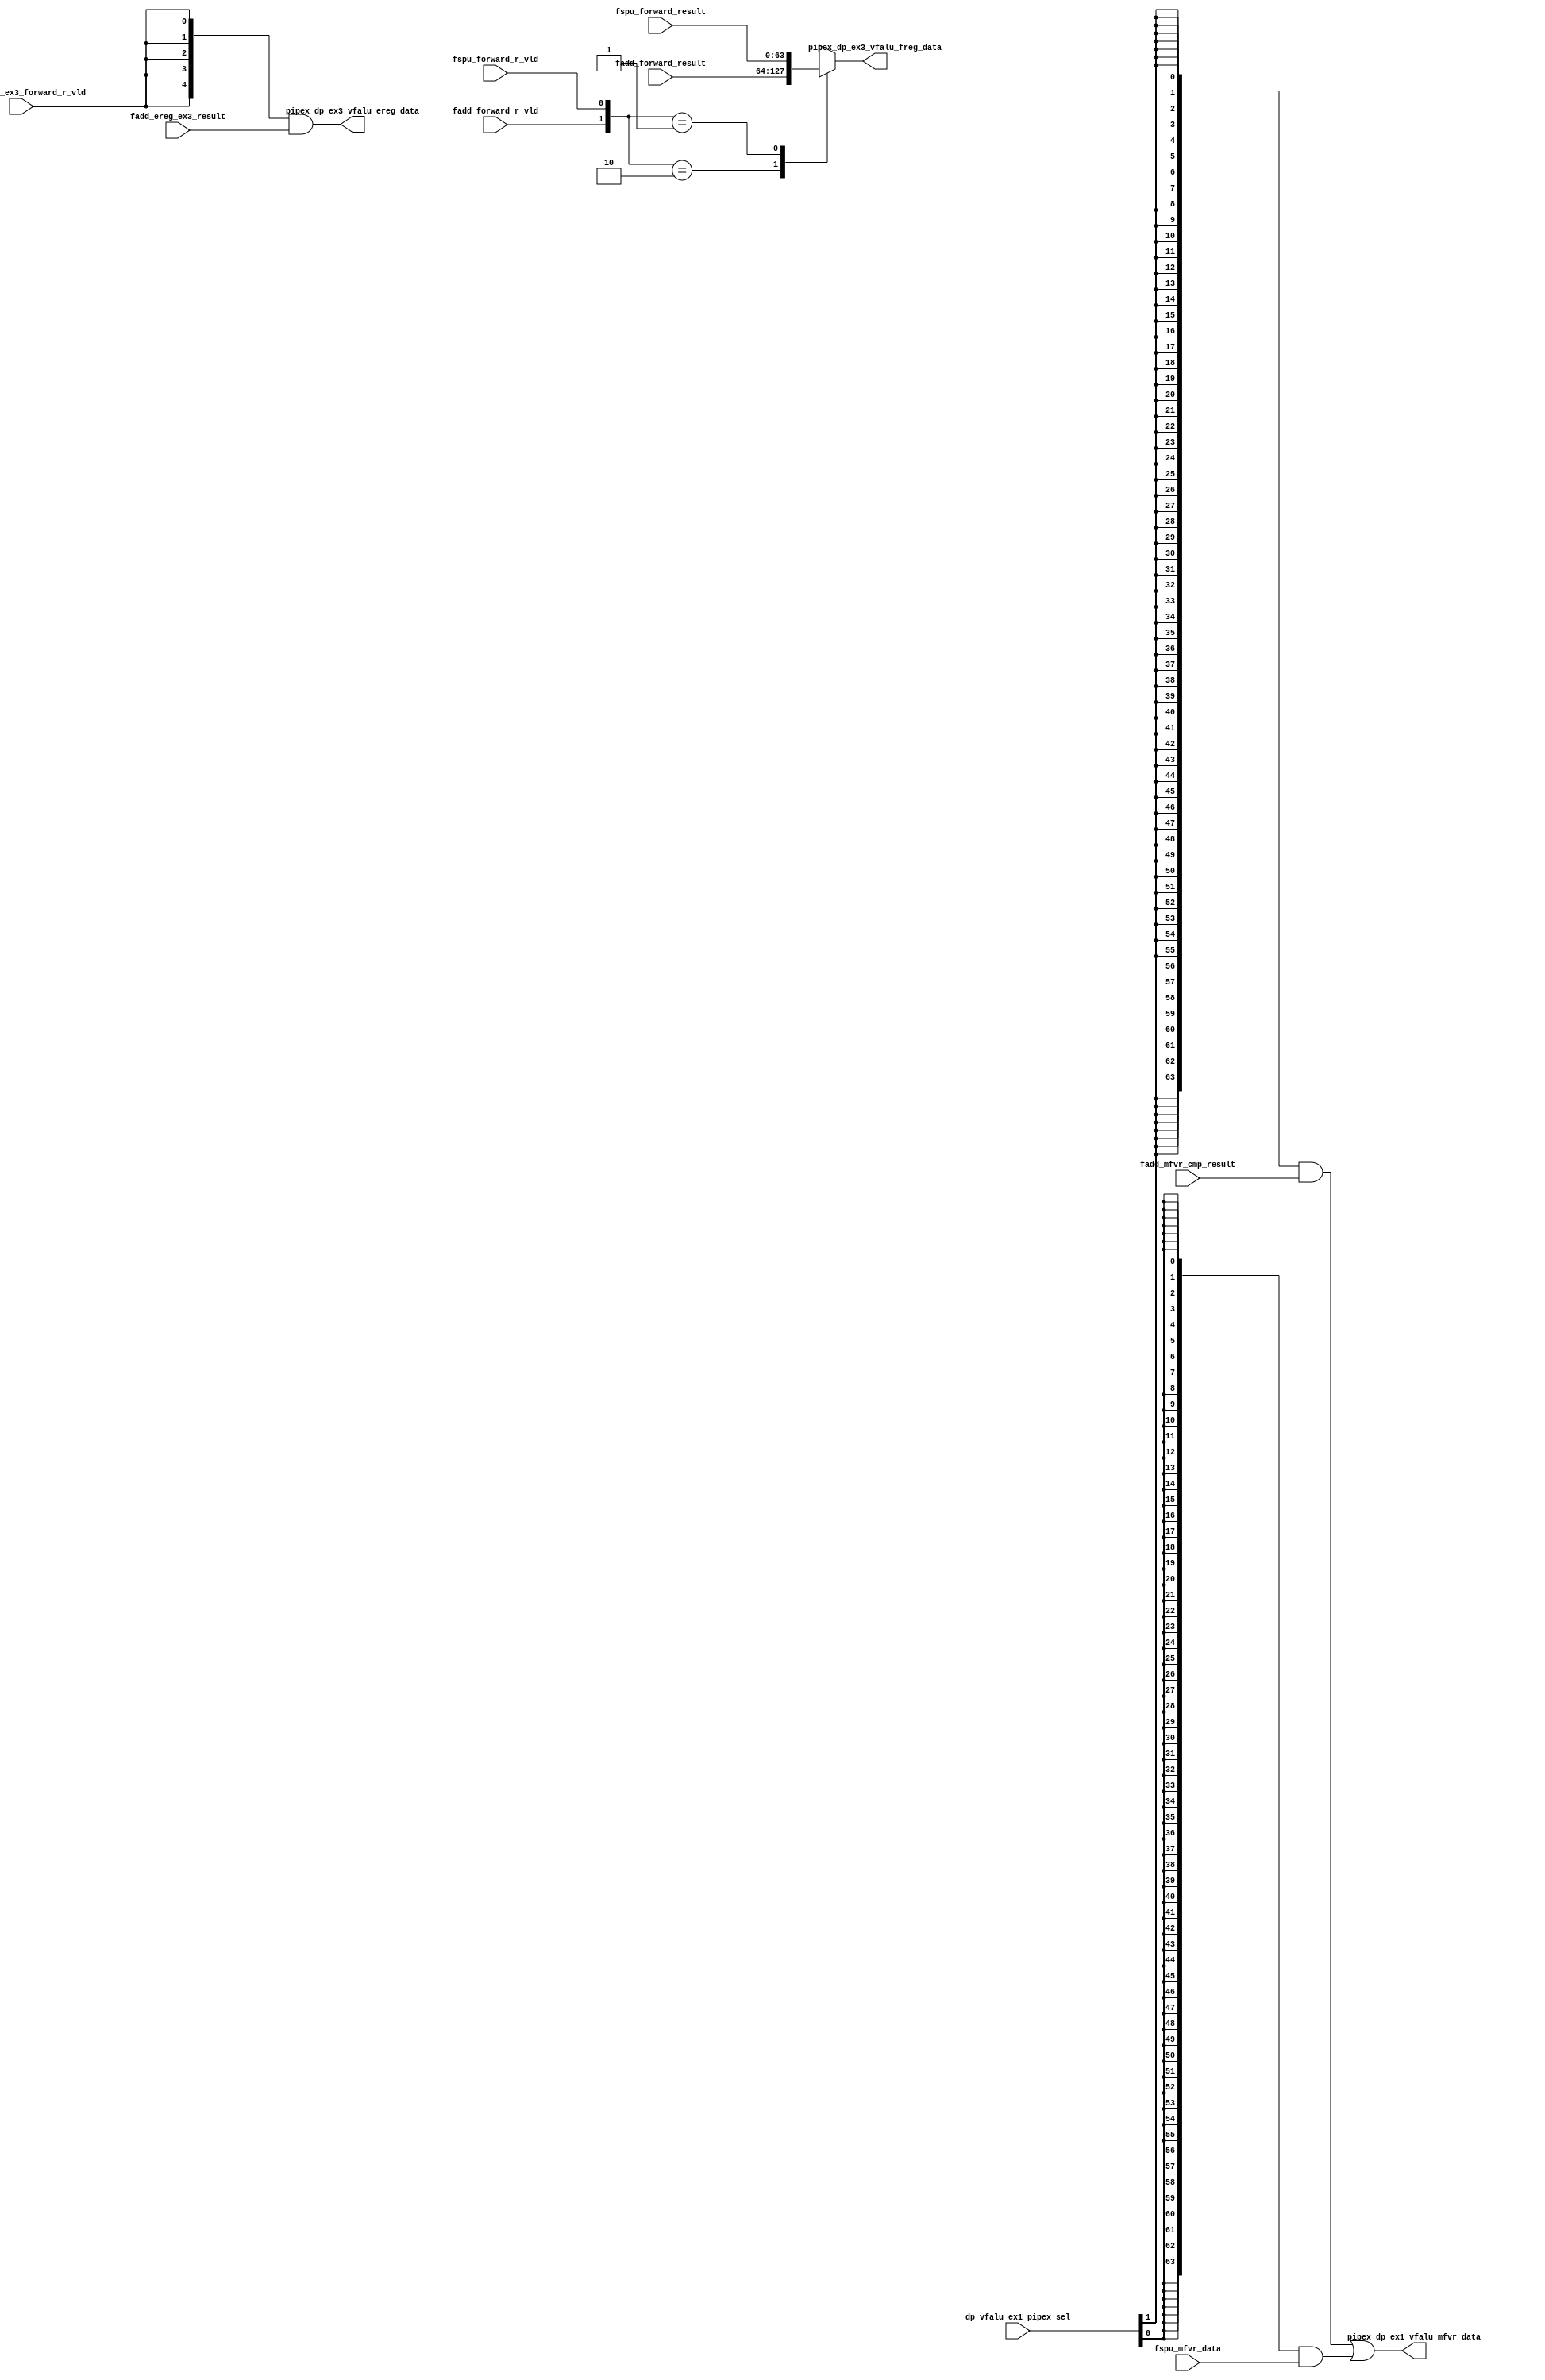
/*Copyright 2019-2021 T-Head Semiconductor Co., Ltd.

Licensed under the Apache License, Version 2.0 (the "License");
you may not use this file except in compliance with the License.
You may obtain a copy of the License at

    http://www.apache.org/licenses/LICENSE-2.0

Unless required by applicable law or agreed to in writing, software
distributed under the License is distributed on an "AS IS" BASIS,
WITHOUT WARRANTIES OR CONDITIONS OF ANY KIND, either express or implied.
See the License for the specific language governing permissions and
limitations under the License.
*/

// &ModuleBeg; @22
module ct_vfalu_dp_pipe6(
  dp_vfalu_ex1_pipex_sel,
  fadd_ereg_ex3_forward_r_vld,
  fadd_ereg_ex3_result,
  fadd_forward_r_vld,
  fadd_forward_result,
  fadd_mfvr_cmp_result,
  fspu_forward_r_vld,
  fspu_forward_result,
  fspu_mfvr_data,
  pipex_dp_ex1_vfalu_mfvr_data,
  pipex_dp_ex3_vfalu_ereg_data,
  pipex_dp_ex3_vfalu_freg_data
);

// &Ports; @23
input   [2 :0]  dp_vfalu_ex1_pipex_sel;      
input           fadd_ereg_ex3_forward_r_vld; 
input   [4 :0]  fadd_ereg_ex3_result;        
input           fadd_forward_r_vld;          
input   [63:0]  fadd_forward_result;         
input   [63:0]  fadd_mfvr_cmp_result;        
input           fspu_forward_r_vld;          
input   [63:0]  fspu_forward_result;         
input   [63:0]  fspu_mfvr_data;              
output  [63:0]  pipex_dp_ex1_vfalu_mfvr_data; 
output  [4 :0]  pipex_dp_ex3_vfalu_ereg_data; 
output  [63:0]  pipex_dp_ex3_vfalu_freg_data; 

// &Regs; @24
reg     [63:0]  pipex_dp_ex3_vfalu_freg_data; 

// &Wires; @25
wire    [2 :0]  dp_vfalu_ex1_pipex_sel;      
wire            fadd_ereg_ex3_forward_r_vld; 
wire    [4 :0]  fadd_ereg_ex3_result;        
wire            fadd_forward_r_vld;          
wire    [63:0]  fadd_forward_result;         
wire    [63:0]  fadd_mfvr_cmp_result;        
wire            fspu_forward_r_vld;          
wire    [63:0]  fspu_forward_result;         
wire    [63:0]  fspu_mfvr_data;              
wire    [63:0]  pipex_dp_ex1_vfalu_mfvr_data; 
wire    [4 :0]  pipex_dp_ex3_vfalu_ereg_data; 


//assign pipex_dp_ex3_vfalu_expt_vec[4:0]    = 5'd30;
// &Force("output","pipex_dp_ex3_vfalu_ereg_data"); @28
assign pipex_dp_ex3_vfalu_ereg_data[4:0]   = {5{fadd_ereg_ex3_forward_r_vld}} & fadd_ereg_ex3_result[4:0];
assign pipex_dp_ex1_vfalu_mfvr_data[63:0]  = {64{dp_vfalu_ex1_pipex_sel[1]}} & fadd_mfvr_cmp_result[63:0] |
                                             {64{dp_vfalu_ex1_pipex_sel[0]}} & fspu_mfvr_data[63:0];
// &Force("bus","dp_vfalu_ex1_pipex_sel",2,0);                                           @32
// &CombBeg; @34
// &CombEnd; @40
// &CombBeg; @42
// &CombEnd; @48
// &CombBeg; @56
always @( fspu_forward_result[63:0]
       or fspu_forward_r_vld
       or fadd_forward_r_vld
       or fadd_forward_result[63:0])
begin
case({fadd_forward_r_vld,fspu_forward_r_vld})
  2'b10   : pipex_dp_ex3_vfalu_freg_data[63:0] = fadd_forward_result[63:0];
  2'b01   : pipex_dp_ex3_vfalu_freg_data[63:0] = fspu_forward_result[63:0];
  default : pipex_dp_ex3_vfalu_freg_data[63:0] = {64{1'bx}};
endcase
// &CombEnd;   @62
end

// &ModuleEnd; @65
endmodule